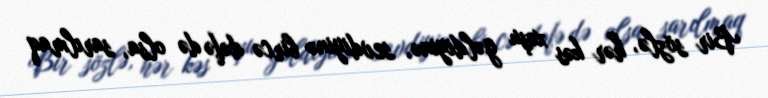
Bir sözlə, hər kəs xoşu gəldiyinə, sevdiyinə bircə dəfə də olsa, sarılmaq